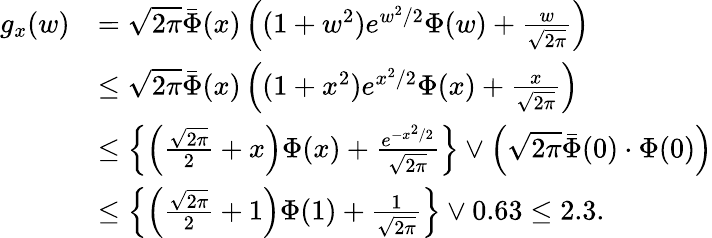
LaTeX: \begin{array}{rl}{g_{x}(w)}&{=\sqrt{2\pi}\bar{\Phi}(x)\left((1+w^{2})e^{w^{2}/2}\Phi(w)+\frac{w}{\sqrt{2\pi}}\right)}\\ &{\leq\sqrt{2\pi}\bar{\Phi}(x)\left((1+x^{2})e^{x^{2}/2}\Phi(x)+\frac{x}{\sqrt{2\pi}}\right)}\\ &{\leq\left\{ \left(\frac{\sqrt{2\pi}}{2}+x\right)\Phi(x)+\frac{e^{-x^{2}/2}}{\sqrt{2\pi}}\right\} \vee\left(\sqrt{2\pi}\bar{\Phi}(0)\cdot\Phi(0)\right)}\\ &{\leq\left\{ \left(\frac{\sqrt{2\pi}}{2}+1\right)\Phi(1)+\frac{1}{\sqrt{2\pi}}\right\} \vee 0.63\leq 2.3.}\end{array}